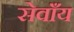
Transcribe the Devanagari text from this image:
सेवाँय